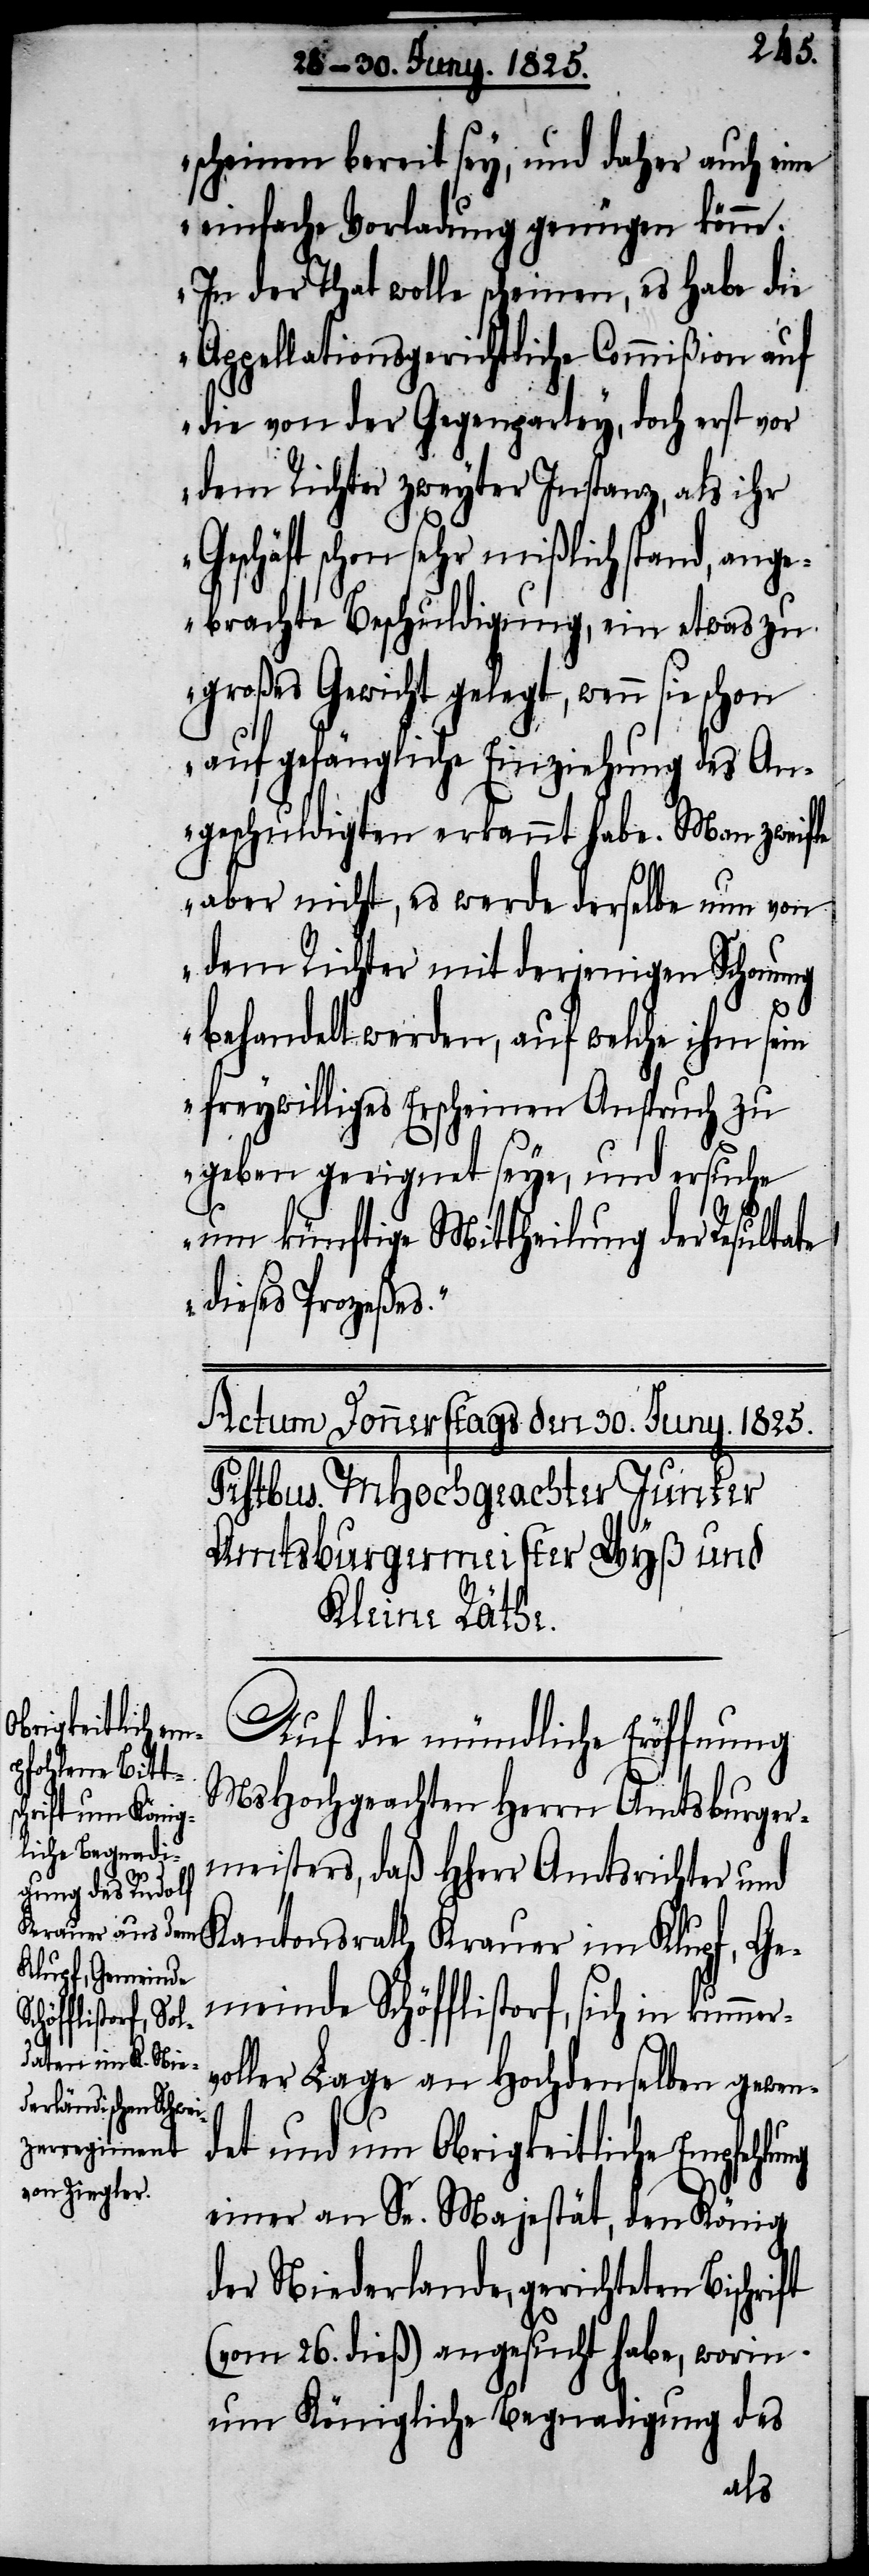
rv¬
scheinen bereit sey, und daher auch eine
einfache Vorladung genügen könne.
In der That wolle scheinen, es habe die
Appellationsgerichtliche Commißion auf
die von der Gegenpartey, doch erst vor
dem Richter zweyter Instanz, als ihr
Geschäft schon sehr mißlich stand, ang¬
ebrachte Beschuldigung, ein etwas zu
großes Gewicht gelegt, wenn sie
auf gefängliche Einziehung des An¬
geschuldigten erkannt habe. Man zweifle
aber nicht, es werde derselbe nun von
dem Richter mir derjenigen Schonung
behandelt werden, auf welche ihm sein
freywilliges Erscheinen Anspruch zu
geben geeignet seye, und ersuche
um künftige Mittheilung der Resultate
dieses Prozeßes.“
Auf die mündliche Eröffnung
MsHochgeachten Herrn Amtsburger¬
meisters, daß HHerr Amtsrichter und
Kantonsrath Krauer im Klupf, Ge¬
meinde Schöfflistorf, sich in kumme¬
oller Lage an Hochdenselben gewen¬
det und um Obrigkeitliche Empfehlung
einer an Se. Majestät, den König
der Niederlande, gerichteten
(vom 26. dieß) angesucht habe, worin
um Königliche Begnadigung des